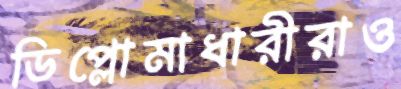
ডিপ্লোমাধারীরাও